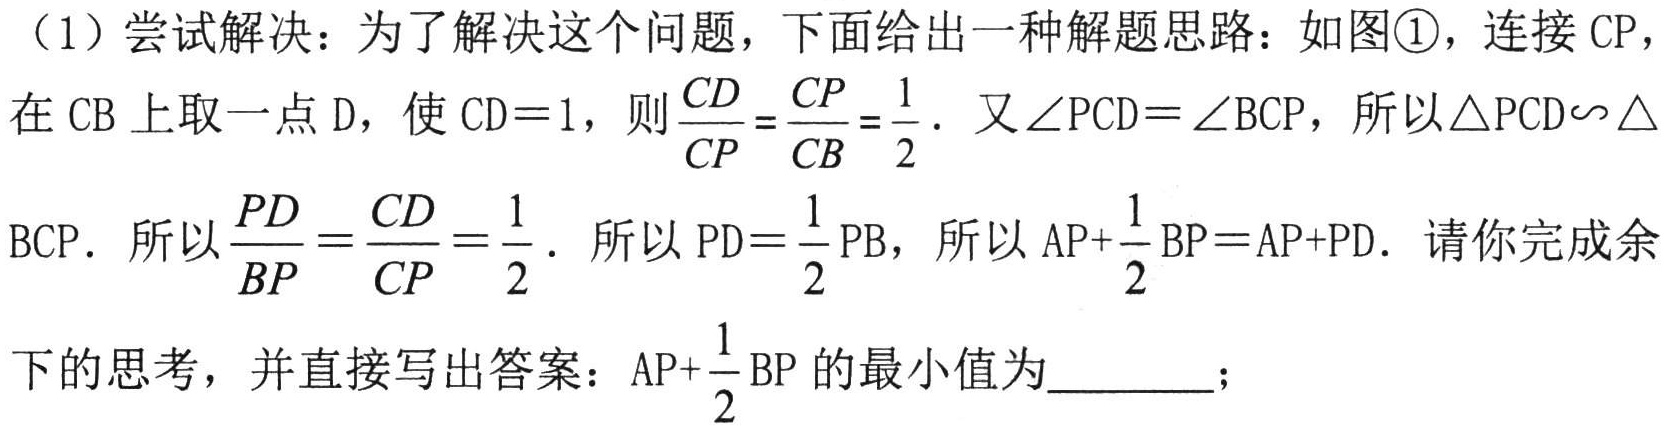
（1）尝试解决：为了解决这个问题，下面给出一种解题思路：如图\textcircled{1}，连接\(CP\)，
在\(CB\)上取一点\(D\)，使\(CD = 1\)，则\(\frac{CD}{CP}=\frac{CP}{CB}=\frac{1}{2}\). 又\(\angle PCD=\angle BCP\)，所以\(\triangle PCD\sim\triangle\)
\(BCP\). 所以\(\frac{PD}{BP}=\frac{CD}{CP}=\frac{1}{2}\). 所以\(PD = \frac{1}{2}PB\)，所以\(AP+\frac{1}{2}BP=AP + PD\). 请你完成余
下的思考，并直接写出答案：\(AP+\frac{1}{2}BP\)的最小值为  ；